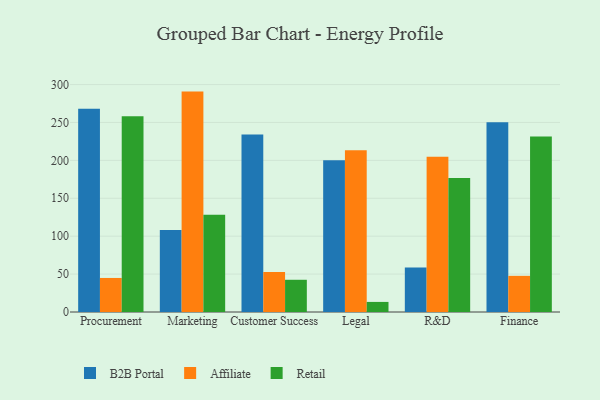
{"axis": {"x": "Department", "y": "Inventory Turnover"}, "legend": ["Affiliate", "B2B Portal", "Retail"], "data": [{"x": "Procurement", "y": 268.2, "type": "B2B Portal"}, {"x": "Procurement", "y": 44.9, "type": "Affiliate"}, {"x": "Procurement", "y": 258.1, "type": "Retail"}, {"x": "Marketing", "y": 108.0, "type": "B2B Portal"}, {"x": "Marketing", "y": 290.7, "type": "Affiliate"}, {"x": "Marketing", "y": 128.2, "type": "Retail"}, {"x": "Customer Success", "y": 234.2, "type": "B2B Portal"}, {"x": "Customer Success", "y": 52.8, "type": "Affiliate"}, {"x": "Customer Success", "y": 42.5, "type": "Retail"}, {"x": "Legal", "y": 200.2, "type": "B2B Portal"}, {"x": "Legal", "y": 213.3, "type": "Affiliate"}, {"x": "Legal", "y": 13.3, "type": "Retail"}, {"x": "R&D", "y": 58.6, "type": "B2B Portal"}, {"x": "R&D", "y": 204.8, "type": "Affiliate"}, {"x": "R&D", "y": 176.9, "type": "Retail"}, {"x": "Finance", "y": 250.2, "type": "B2B Portal"}, {"x": "Finance", "y": 47.7, "type": "Affiliate"}, {"x": "Finance", "y": 231.5, "type": "Retail"}]}